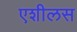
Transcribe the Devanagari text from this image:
एशीलस